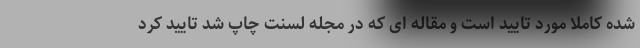
شده کاملا مورد تایید است و مقاله ای که در مجله لسنت چاپ شد تایید کرد